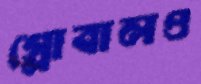
গ্লোবালও